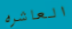
العاشره